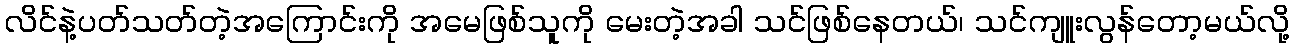
လိင်နဲ့ပတ်သတ်တဲ့အကြောင်းကို အမေဖြစ်သူကို မေးတဲ့အခါ သင်ဖြစ်နေတယ်၊ သင်ကျူးလွန်တော့မယ်လို့